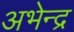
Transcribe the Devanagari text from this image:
अभेन्द्र